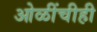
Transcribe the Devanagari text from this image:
ओळींचीही